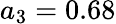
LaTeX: a_{3}=0.68